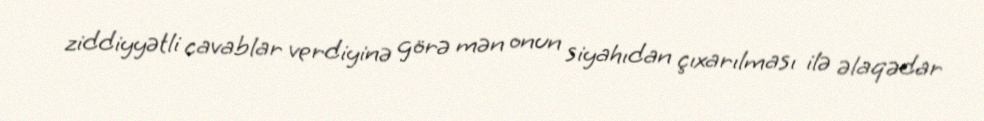
ziddiyyətli cavablar verdiyinə görə mən onun siyahıdan çıxarılması ilə əlaqədar